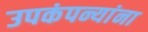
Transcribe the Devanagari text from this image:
उपकंपन्यांना